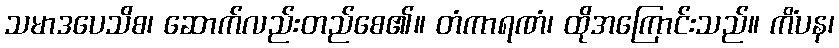
သမာဒပေသိစ၊ ဆောက်လည်းတည်စေ၏။ တံကာရဏံ၊ ထိုအကြောင်းသည်။ ကိံပန၊